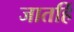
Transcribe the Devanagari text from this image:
जातहिं